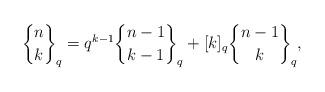
LaTeX: \begin{align*}{{n}\brace {k}}_q = q^{k-1}{{n-1}\brace {k-1}}_q + [k]_q{{n-1}\brace {k}}_q,\end{align*}